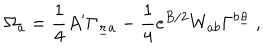
\Omega _ { a } = { \frac { 1 } { 4 } } A ^ { \prime } \Gamma _ { { \underline { { r } } } a } - { \frac { 1 } { 4 } } e ^ { B / 2 } W _ { a b } \Gamma ^ { b \underline { { \theta } } } ~ ,